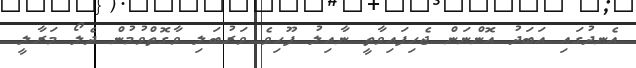
އެނދުގައި އަބަދު އޮންނަން ޖެހިފައިވާތީ ނާއިލު ފޫހިވެ ވަރުބަލި ވާގޮތްވުމުން ދެލޯ މަރާލީ